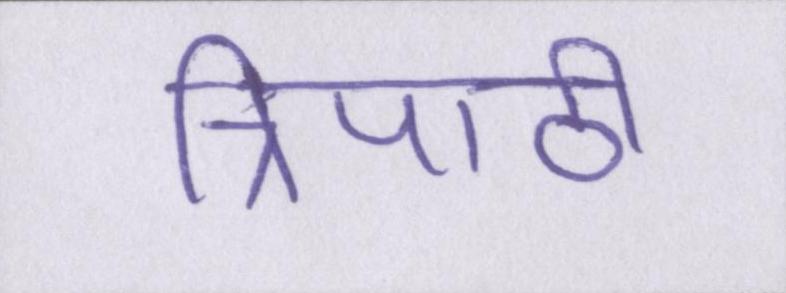
त्रिपाठी